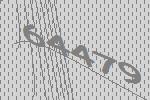
64479